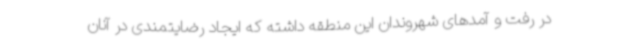
در رفت و آمدهای شهروندان این منطقه داشته که ایجاد رضایتمندی در آنان